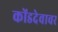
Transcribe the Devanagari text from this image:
कोंडदेवावर